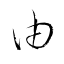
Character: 由